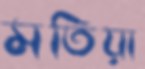
মতিয়া